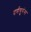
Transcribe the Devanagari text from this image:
धर्मगुरुंना